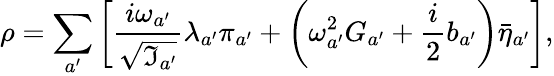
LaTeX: \rho=\sum_{a^{\prime}}\left[\frac{i\omega_{a^{\prime}}}{\sqrt{\Im_{a^{\prime}}}}\lambda_{a^{\prime}}\pi_{a^{\prime}}+\left(\omega_{a^{\prime}}^{2}G_{a^{\prime}}+\frac{i}{2}b_{a^{\prime}}\right)\bar{\eta}_{a^{\prime}}\right],